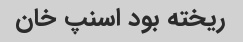
ریخته بود اسنپ خان